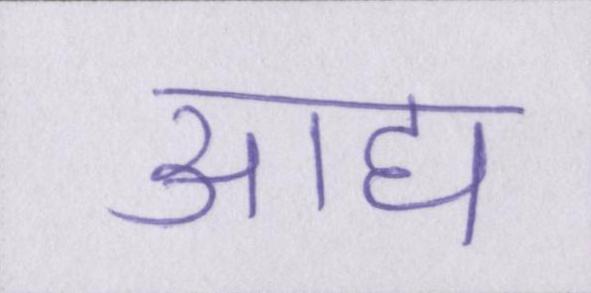
आद्य